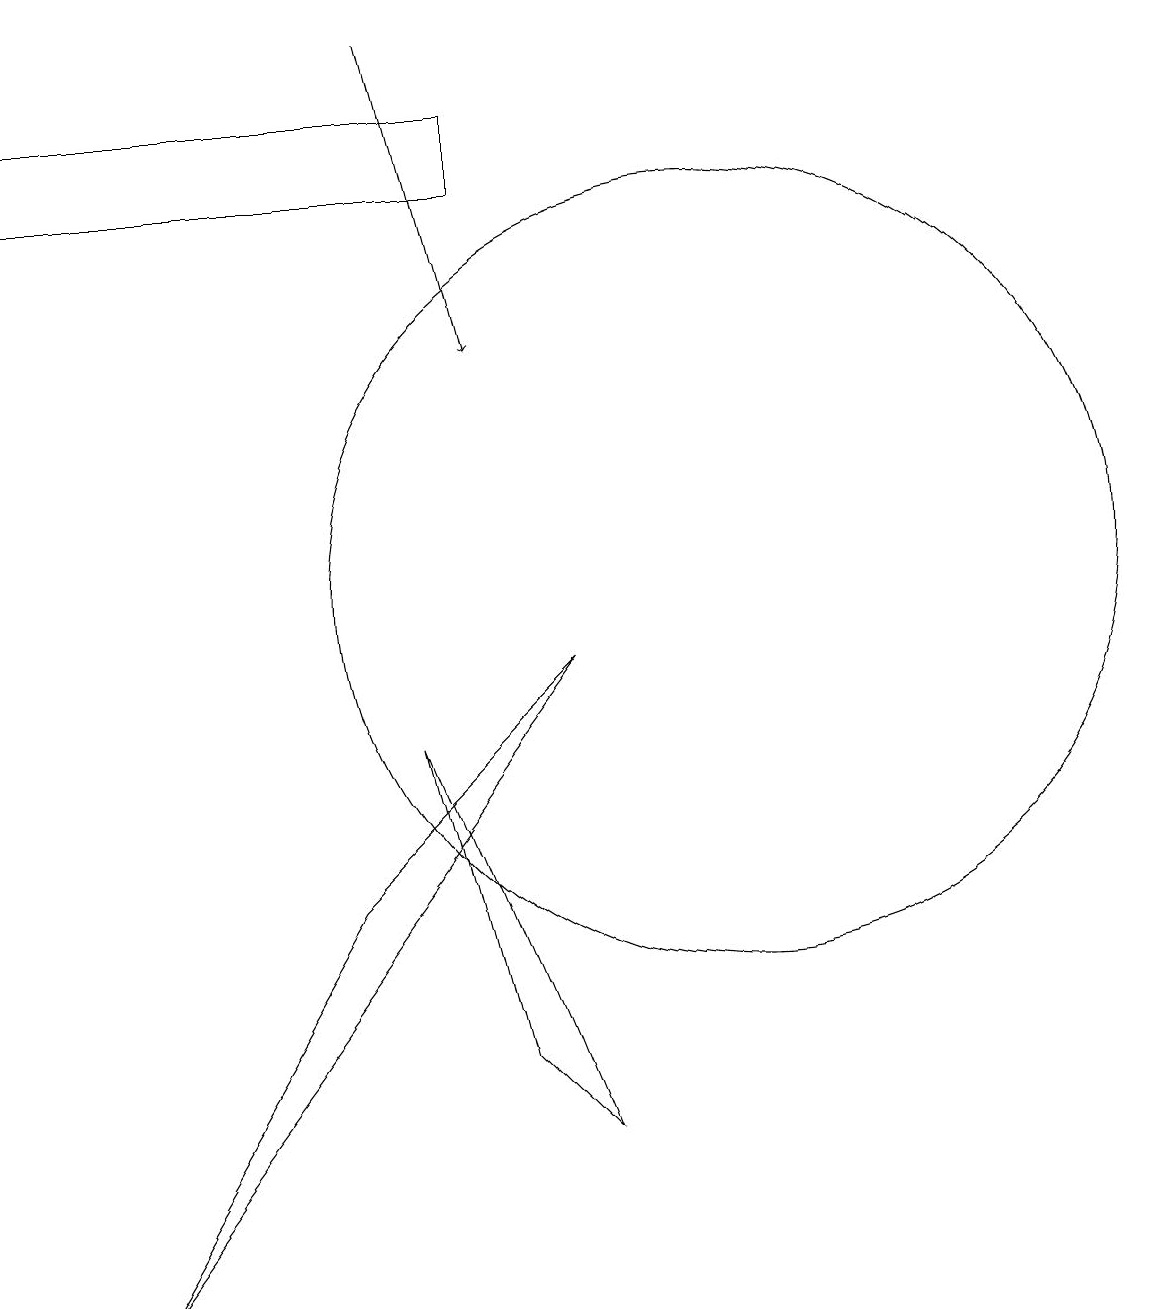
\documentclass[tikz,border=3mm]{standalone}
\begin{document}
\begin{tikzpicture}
\draw (8,9) -- (5,6) -- (2,1) -- cycle;
\draw[->] (6,17) -- (7,13);
\draw (7,15) rectangle (1,16);
\draw (10,10) circle (5);
\draw (6,8) -- (7,4) -- (8,3) -- cycle;
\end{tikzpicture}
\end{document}